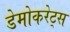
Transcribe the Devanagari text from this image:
डेमोकरेट्स